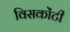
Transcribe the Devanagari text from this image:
विसकोंटी